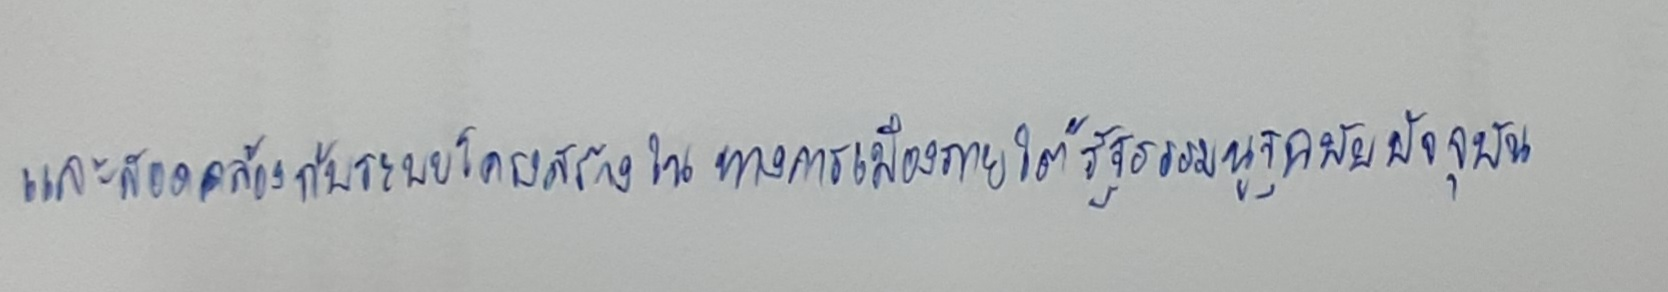
และสอดคล้องกับระบบโครงสร้างในทางการเมืองภายใต้รัฐธรรมนูญฉบับปัจจุบัน